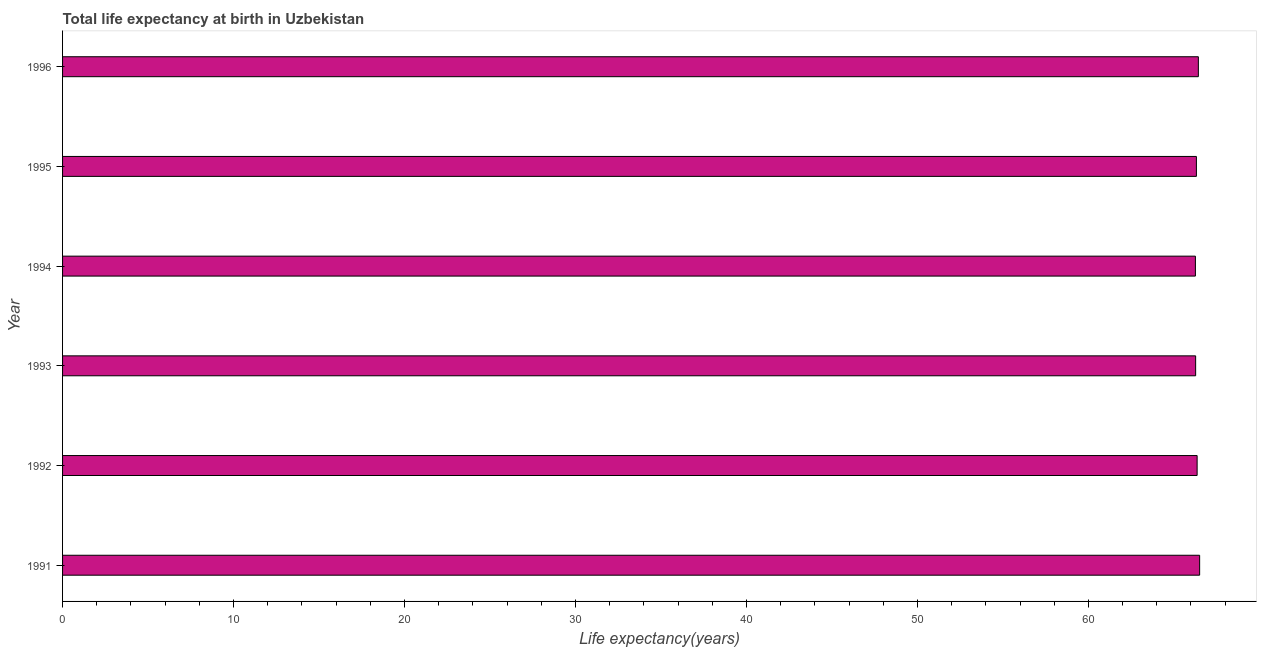
| Year | Life expectancy at birth |
 | --- | --- |
 | 1991 | 66.5 |
 | 1992 | 66.4 |
 | 1993 | 66.3 |
 | 1994 | 66.3 |
 | 1995 | 66.3 |
 | 1996 | 66.4 |